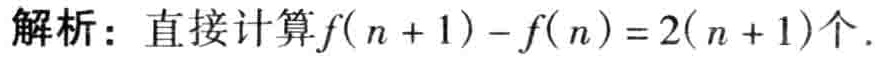
解析：直接计算\(f(n + 1) - f(n)=2(n + 1)\)个.